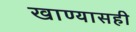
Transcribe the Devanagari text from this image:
खाण्यासही